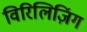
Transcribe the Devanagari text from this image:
विरिलिज़िंग